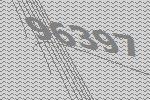
96397